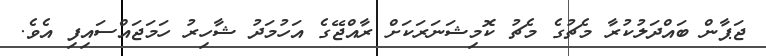
ޖަޕާން ބައްދަލުކުރާ މެޗުގެ މެޗު ކޮމިޝަނަަރަކަށް ރާއްޖޭގެ އަހުމަދު ޝާހިރު ހަމަޖައްސައިފި އެވެ.